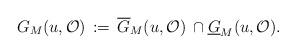
LaTeX: \begin{align*}G_M(u,\mathcal{O})\,:=\,\overline{G}_M(u,\mathcal{O})\,\cap\underline{G}_M(u,\mathcal{O}).\end{align*}